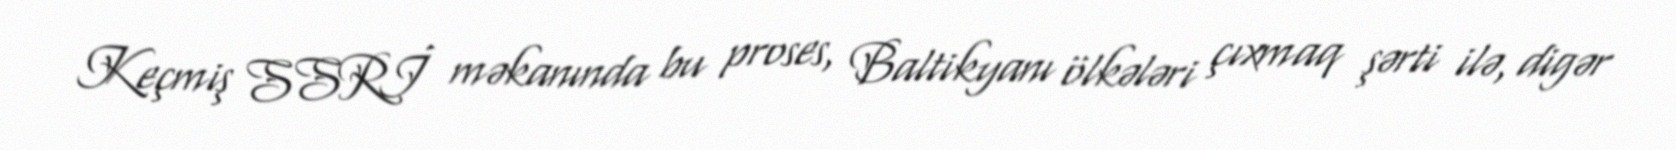
Keçmiş SSRİ məkanında bu proses, Baltikyanı ölkələri çıxmaq şərti ilə, digər